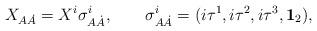
LaTeX: \begin{align*}X_{A \dot{A}}=X^i\sigma^i_{A\dot{A}},\qquad \sigma^i_{A\dot{A}}=(i\tau^1,i\tau^2,i\tau^3,{\bf 1}_2),\\\end{align*}